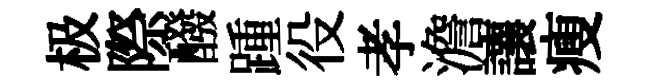
极際醱踵役孝澹讓瘦